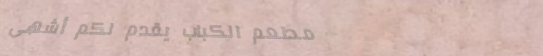
مطعم الكباب يقدم لكم أشهى